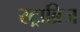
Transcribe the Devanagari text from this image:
स्ट्राब्रिज